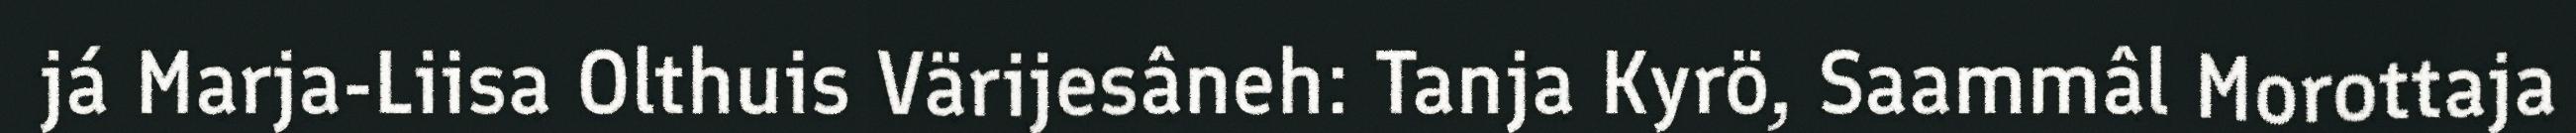
já Marja-Liisa Olthuis Värijesâneh: Tanja Kyrö, Saammâl Morottaja